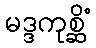
မဒ္ဒကုစ္ဆိံ